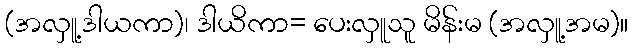
(အလှူ့ဒါယကာ)၊ ဒါယိကာ= ပေးလှူသူ မိန်းမ (အလှူ့အမ)။